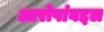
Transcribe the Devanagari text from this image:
आरोपांबद्दल